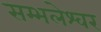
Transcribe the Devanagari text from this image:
सम्भलेश्वर